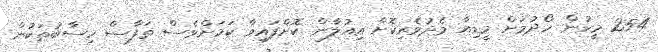
254 މީހުން ހޯދުމަށް މީޑިއާ މެދުވެރިކޮށް އިއުލާން ކޮށްފައިވާ ކަމަށްވެސް ތަފާސް ހިސާބުތަކުން